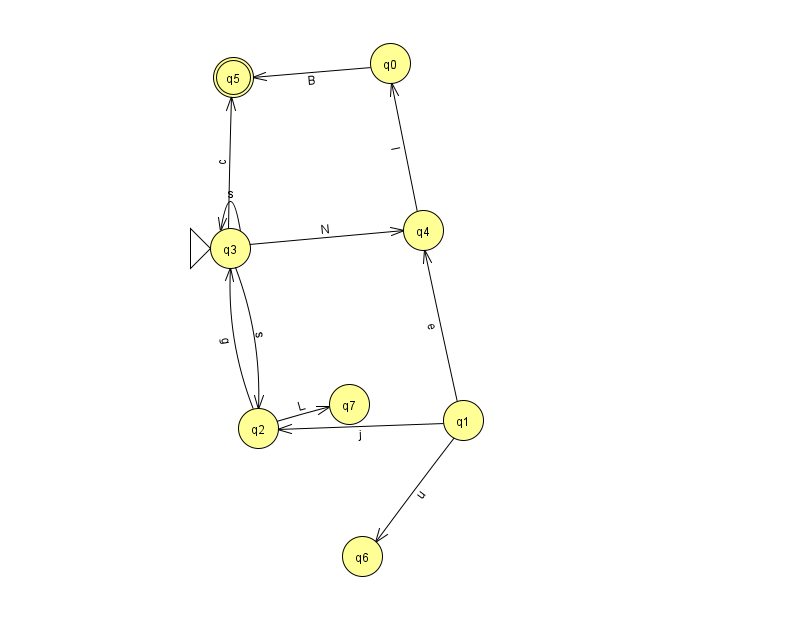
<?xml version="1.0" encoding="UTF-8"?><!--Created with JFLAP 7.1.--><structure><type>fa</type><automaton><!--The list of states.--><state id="0" name="q0"><x>390.0</x><y>50.0</y></state><state id="1" name="q1"><x>463.0</x><y>407.0</y></state><state id="2" name="q2"><x>258.0</x><y>415.0</y></state><state id="3" name="q3"><x>230.0</x><y>235.0</y><initial/></state><state id="4" name="q4"><x>423.0</x><y>217.0</y></state><state id="5" name="q5"><x>233.0</x><y>64.0</y><final/></state><state id="6" name="q6"><x>362.0</x><y>543.0</y></state><state id="7" name="q7"><x>349.0</x><y>391.0</y></state><!--The list of transitions.--><transition><from>0</from><to>5</to><read>B</read></transition><transition><from>3</from><to>4</to><read>N</read></transition><transition><from>2</from><to>3</to><read>g</read></transition><transition><from>1</from><to>4</to><read>e</read></transition><transition><from>3</from><to>3</to><read>s</read></transition><transition><from>1</from><to>2</to><read>j</read></transition><transition><from>2</from><to>7</to><read>L</read></transition><transition><from>4</from><to>0</to><read>l</read></transition><transition><from>1</from><to>6</to><read>u</read></transition><transition><from>3</from><to>2</to><read>s</read></transition><transition><from>3</from><to>5</to><read>c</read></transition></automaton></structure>